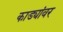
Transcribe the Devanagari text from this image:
काड्यांवर